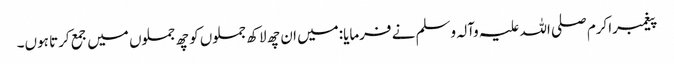
پیغمبراکرم صلی اللہ علیہ وآلہ وسلم نے فرمایا:میں ان چھ لاکھ جملوں کو چھ جملوں میں جمع کرتا ہوں۔